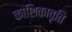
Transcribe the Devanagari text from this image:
काशिकावृति